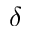
\delta